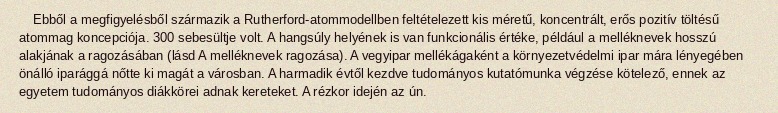
Ebből a megfigyelésből származik a Rutherford-atommodellben feltételezett kis méretű, koncentrált, erős pozitív töltésű atommag koncepciója. 300 sebesültje volt. A hangsúly helyének is van funkcionális értéke, például a melléknevek hosszú alakjának a ragozásában (lásd A melléknevek ragozása). A vegyipar mellékágaként a környezetvédelmi ipar mára lényegében önálló iparággá nőtte ki magát a városban. A harmadik évtől kezdve tudományos kutatómunka végzése kötelező, ennek az egyetem tudományos diákkörei adnak kereteket. A rézkor idején az ún.